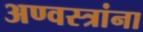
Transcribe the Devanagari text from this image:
अण्वस्त्रांना